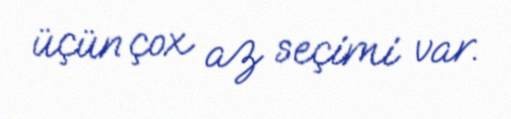
üçün çox az seçimi var.